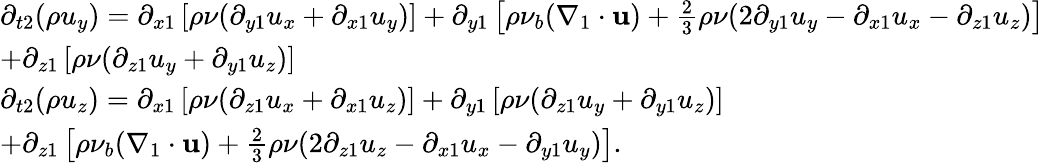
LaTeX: \begin{array}{l}{{\partial_{t2}}(\rho{u_{y}})={\partial_{x1}}\left[{\rho\nu({\partial_{y1}}{u_{x}}+{\partial_{x1}}{u_{y}})}\right]+{\partial_{y1}}\left[{\rho{\nu_{b}}({\nabla_{1}}\cdot{\mathbf{u}})+\frac{2}{3}\rho\nu(2{\partial_{y1}}{u_{y}}-{\partial_{x1}}{u_{x}}-{\partial_{z1}}{u_{z}})}\right]}\\ {+{\partial_{z1}}\left[{\rho\nu({\partial_{z1}}{u_{y}}+{\partial_{y1}}{u_{z}})}\right]}\\ {{\partial_{t2}}(\rho{u_{z}})={\partial_{x1}}\left[{\rho\nu({\partial_{z1}}{u_{x}}+{\partial_{x1}}{u_{z}})}\right]+{\partial_{y1}}\left[{\rho\nu({\partial_{z1}}{u_{y}}+{\partial_{y1}}{u_{z}})}\right]}\\ {+{\partial_{z1}}\left[{\rho{\nu_{b}}({\nabla_{1}}\cdot{\mathbf{u}})+\frac{2}{3}\rho\nu(2{\partial_{z1}}{u_{z}}-{\partial_{x1}}{u_{x}}-{\partial_{y1}}{u_{y}})}\right].}\end{array}